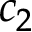
c _ { 2 }